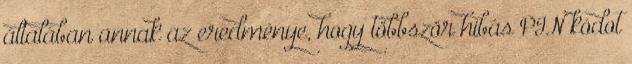
általában annak az eredménye, hogy többször hibás PIN kódot